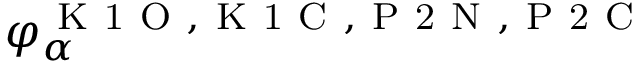
\varphi _ { \alpha } ^ { \mathrm { ~ K ~ 1 ~ O ~ , ~ K ~ 1 ~ C ~ , ~ P ~ 2 ~ N ~ , ~ P ~ 2 ~ C ~ } }